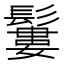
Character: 𩯁